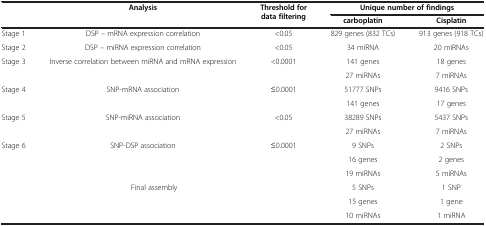
<table><thead><tr><td rowspan="2"><b> </b></td><td rowspan="2"><b>Analysis</b></td><td rowspan="2"><b>Threshold for data filtering</b></td><td colspan="2"><b>Unique number of findings</b></td></tr><tr><td><b>carboplatin</b></td><td><b>Cisplatin</b></td></tr></thead><tbody><tr><td>Stage 1</td><td>DSP – mRNA expression correlation</td><td>&lt;0.05</td><td>829 genes (832 TCs)</td><td>913 genes (918 TCs)</td></tr><tr><td>Stage 2</td><td>DSP – miRNA expression correlation</td><td>&lt;0.05</td><td>34 miRNA</td><td>20 miRNAs</td></tr><tr><td rowspan="2">Stage 3</td><td rowspan="2">Inverse correlation between miRNA and mRNA expression</td><td rowspan="2">&lt;0.0001</td><td>141 genes</td><td>18 genes</td></tr><tr><td>27 miRNAs</td><td>7 miRNAs</td></tr><tr><td rowspan="2">Stage 4</td><td rowspan="2">SNP-mRNA association</td><td rowspan="2">≤0.0001</td><td>51777 SNPs</td><td>9416 SNPs</td></tr><tr><td>141 genes</td><td>17 genes</td></tr><tr><td rowspan="2">Stage 5</td><td rowspan="2">SNP-miRNA association</td><td rowspan="2">&lt;0.05</td><td>38289 SNPs</td><td>5437 SNPs</td></tr><tr><td>27 miRNAs</td><td>7 miRNAs</td></tr><tr><td rowspan="3">Stage 6</td><td rowspan="3">SNP-DSP association</td><td rowspan="3">≤0.0001</td><td>9 SNPs</td><td>2 SNPs</td></tr><tr><td>16 genes</td><td>2 genes</td></tr><tr><td>19 miRNAs</td><td>5 miRNAs</td></tr><tr><td rowspan="3" colspan="3">Final assembly</td><td>5 SNPs</td><td>1 SNP</td></tr><tr><td>15 genes</td><td>1 gene</td></tr><tr><td>10 miRNAs</td><td>1 miRNA</td></tr></tbody></table>